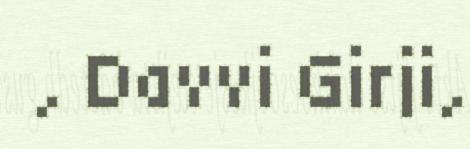
, Davvi Girji,